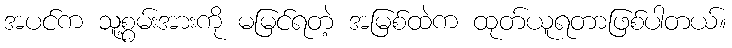
အပင်က သူ့စွမ်းအားကို မမြင်ရတဲ့ အမြစ်ထဲက ထုတ်ယူရတာဖြစ်ပါတယ်။